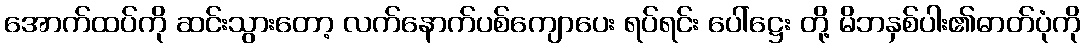
အောက်ထပ်ကို ဆင်းသွားတော့ လက်နောက်ပစ်ကျောပေး ရပ်ရင်း ပေါ်ဋ္ဌေး တို့ မိဘနှစ်ပါး၏ဓာတ်ပုံကို